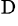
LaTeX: ^\mathrm{D}